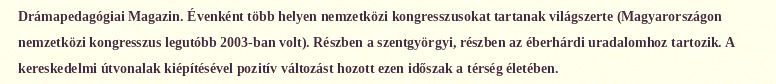
Drámapedagógiai Magazin. Évenként több helyen nemzetközi kongresszusokat tartanak világszerte (Magyarországon nemzetközi kongresszus legutóbb 2003-ban volt). Részben a szentgyörgyi, részben az éberhárdi uradalomhoz tartozik. A kereskedelmi útvonalak kiépítésével pozitív változást hozott ezen időszak a térség életében.